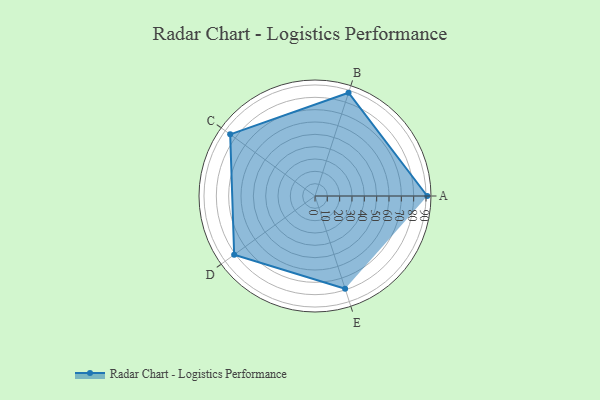
{"axis": {"x": "Skill", "y": "Score"}, "legend": ["Profile"], "data": [{"x": "A", "y": 91.0, "type": "Profile"}, {"x": "B", "y": 88.0, "type": "Profile"}, {"x": "C", "y": 85.0, "type": "Profile"}, {"x": "D", "y": 81.0, "type": "Profile"}, {"x": "E", "y": 79.0, "type": "Profile"}]}